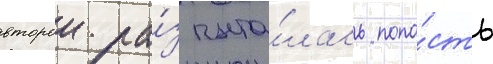
второи ра́з пыта́лась попа́сть